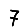
Digit: 7